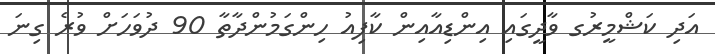
އަދި ކަޝްމީރުގ ވާދީގައި އިންޑިއާއިން ކާފިއު ހިންގަމުންދާތާ 90 ދުވަހަށް ވުރެ ގިނަ